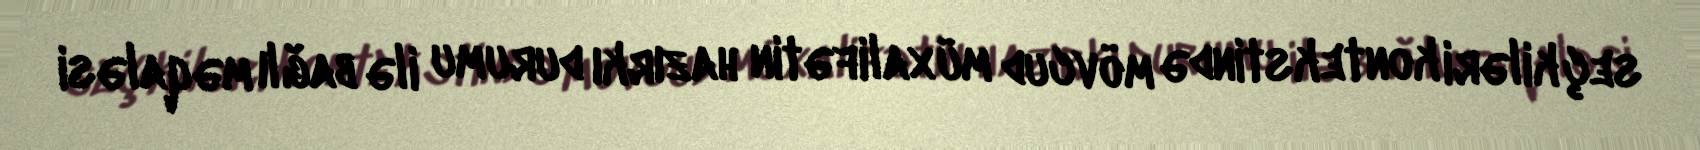
seçkiləri kontekstində mövcud müxalifətin hazırkı durumu ilə bağlı məqaləsi